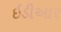
ઇડીઆર